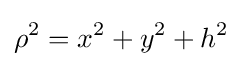
\rho ^{2}=x^{2}+y^{2}+h^{2}